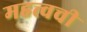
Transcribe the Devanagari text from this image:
महत्त्वची